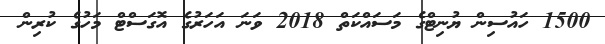
1500 ހައުސިން ޔުނިޓްގެ މަސައްކަތް 2018 ވަނަ އަހަރުގެ އޮގަސްޓް މަހުގެ ކުރިން